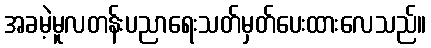
အခမဲ့မူလတန်းပညာရေးသတ်မှတ်ပေးထားလေသည်။